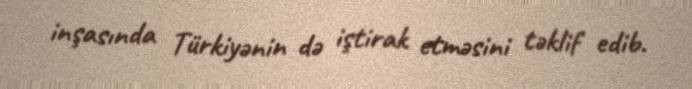
inşasında Türkiyənin də iştirak etməsini təklif edib.